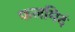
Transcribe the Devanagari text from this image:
फलमिदं